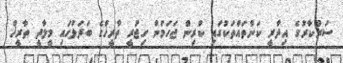
ސަރުކާރުގެ އިދާރީ ކަންތައްތަކުގައި ކުރިން ޖަހަމުން ހިޖުރީ ތާރީޚްގެ ބަދަލުގައި މީލާދީ ތާރީޚް